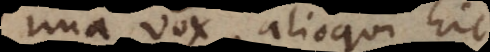
una vox, alioqui hic